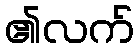
၏လက်